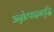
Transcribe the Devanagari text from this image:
अन्नोत्पादनवृद्धि